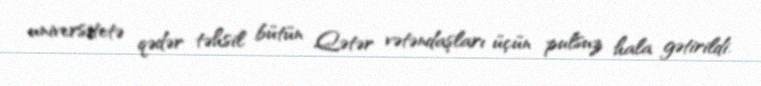
universitetə qədər təhsil bütün Qətər vətəndaşları üçün pulsuz hala gətirildi.